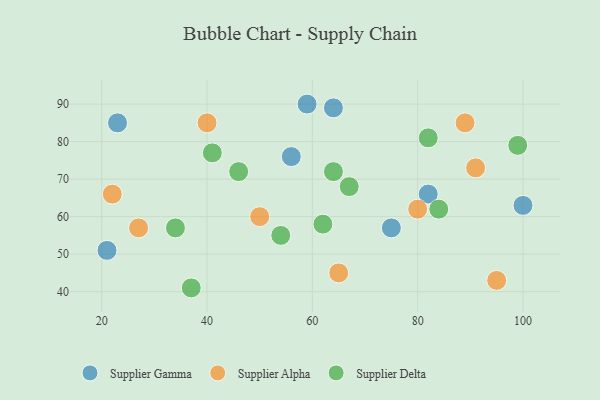
{"axis": {"x": "GDP", "y": "Life Expectancy"}, "legend": ["Supplier Alpha", "Supplier Delta", "Supplier Gamma"], "data": [{"x": "100", "y": 63, "type": "Supplier Gamma"}, {"x": "21", "y": 51, "type": "Supplier Gamma"}, {"x": "75", "y": 57, "type": "Supplier Gamma"}, {"x": "59", "y": 90, "type": "Supplier Gamma"}, {"x": "64", "y": 89, "type": "Supplier Gamma"}, {"x": "23", "y": 85, "type": "Supplier Gamma"}, {"x": "82", "y": 66, "type": "Supplier Gamma"}, {"x": "56", "y": 76, "type": "Supplier Gamma"}, {"x": "27", "y": 57, "type": "Supplier Alpha"}, {"x": "80", "y": 62, "type": "Supplier Alpha"}, {"x": "95", "y": 43, "type": "Supplier Alpha"}, {"x": "50", "y": 60, "type": "Supplier Alpha"}, {"x": "40", "y": 85, "type": "Supplier Alpha"}, {"x": "22", "y": 66, "type": "Supplier Alpha"}, {"x": "91", "y": 73, "type": "Supplier Alpha"}, {"x": "89", "y": 85, "type": "Supplier Alpha"}, {"x": "65", "y": 45, "type": "Supplier Alpha"}, {"x": "64", "y": 72, "type": "Supplier Delta"}, {"x": "62", "y": 58, "type": "Supplier Delta"}, {"x": "67", "y": 68, "type": "Supplier Delta"}, {"x": "84", "y": 62, "type": "Supplier Delta"}, {"x": "54", "y": 55, "type": "Supplier Delta"}, {"x": "82", "y": 81, "type": "Supplier Delta"}, {"x": "46", "y": 72, "type": "Supplier Delta"}, {"x": "34", "y": 57, "type": "Supplier Delta"}, {"x": "37", "y": 41, "type": "Supplier Delta"}, {"x": "99", "y": 79, "type": "Supplier Delta"}, {"x": "41", "y": 77, "type": "Supplier Delta"}]}